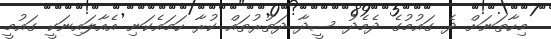
މިހާތަނަށް ދެ ގައުމުގެ ދެމެދު ސީދާ ދަތުރުތައް ކުރާ ހަމައެކަނި އެއާލައިނަކީ ގައުމީ